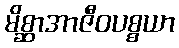
မိစ္ဆာအာဇီဝပစ္စယာ